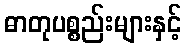
ဓာတုပစ္စည်းများနှင့်